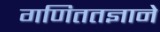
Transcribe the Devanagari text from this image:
गणिततज्ञाने